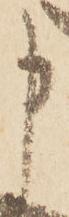
申